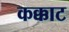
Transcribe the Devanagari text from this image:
कक्काट